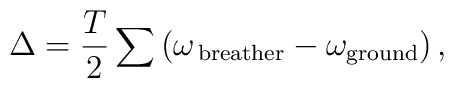
\Delta= \frac{T}{2}\sum \left(\omega_{\rm \, breather} -\omega_{\rm ground}\right),